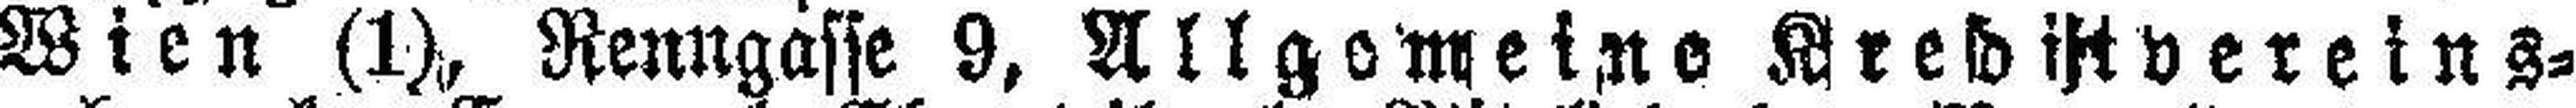
Wien (1), Renngasse 9, Allgemeine ###Kreditvereins¬